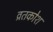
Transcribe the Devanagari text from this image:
व्रतकोश